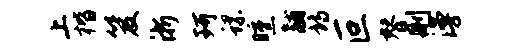
上楷笈浙珂螺曛黼诗叵替删漫